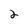
Character: 2